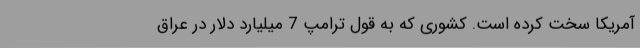
آمریکا سخت کرده است. کشوری که به قول ترامپ 7 میلیارد دلار در عراق